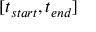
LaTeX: [ t _ { s t a r t } , t _ { e n d } ]